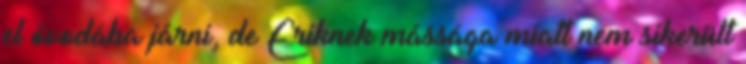
el óvodába járni, de Eriknek mássága miatt nem sikerült